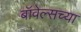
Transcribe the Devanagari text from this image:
बॉवेल्सच्या